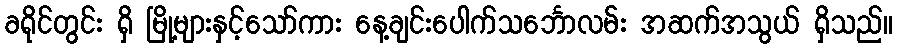
ခရိုင်တွင်း ရှိ မြို့များနှင့်သော်ကား နေ့ချင်းပေါက်သင်္ဘောလမ်း အဆက်အသွယ် ရှိသည်။